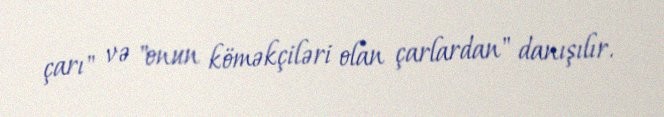
çarı" və "onun köməkçiləri olan çarlardan" danışılır.